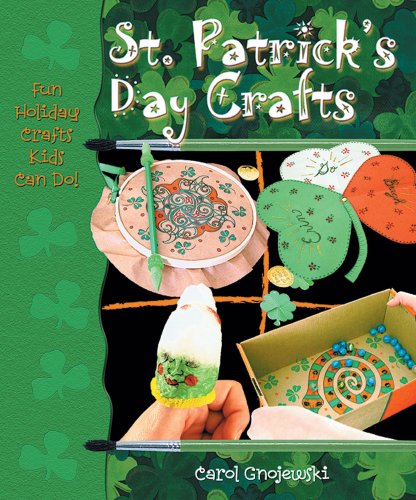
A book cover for St. Patrick's Day Crafts (Fun Holiday Crafts Kids Can Do!); Carol Gnojewski; Children's Books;